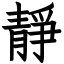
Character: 靜